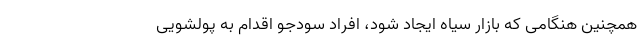
همچنين هنگامی كه بازار سياه ايجاد شود، افراد سودجو اقدام به پولشویی